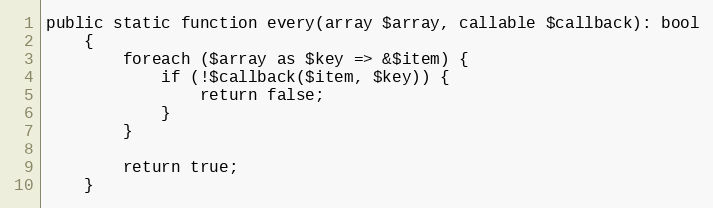
Language: PHP
public static function every(array $array, callable $callback): bool
    {
        foreach ($array as $key => &$item) {
            if (!$callback($item, $key)) {
                return false;
            }
        }

        return true;
    }